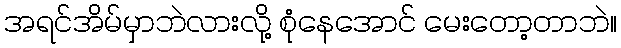
အရင်အိမ်မှာဘဲလားလို့ စုံနေအောင် မေးတော့တာဘဲ။